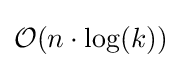
{\mathcal {O}}(n\cdot \log(k))